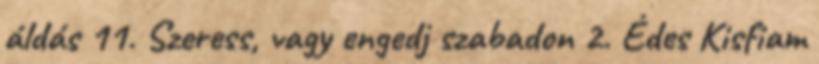
áldás 11. Szeress, vagy engedj szabadon 2. Édes Kisfiam